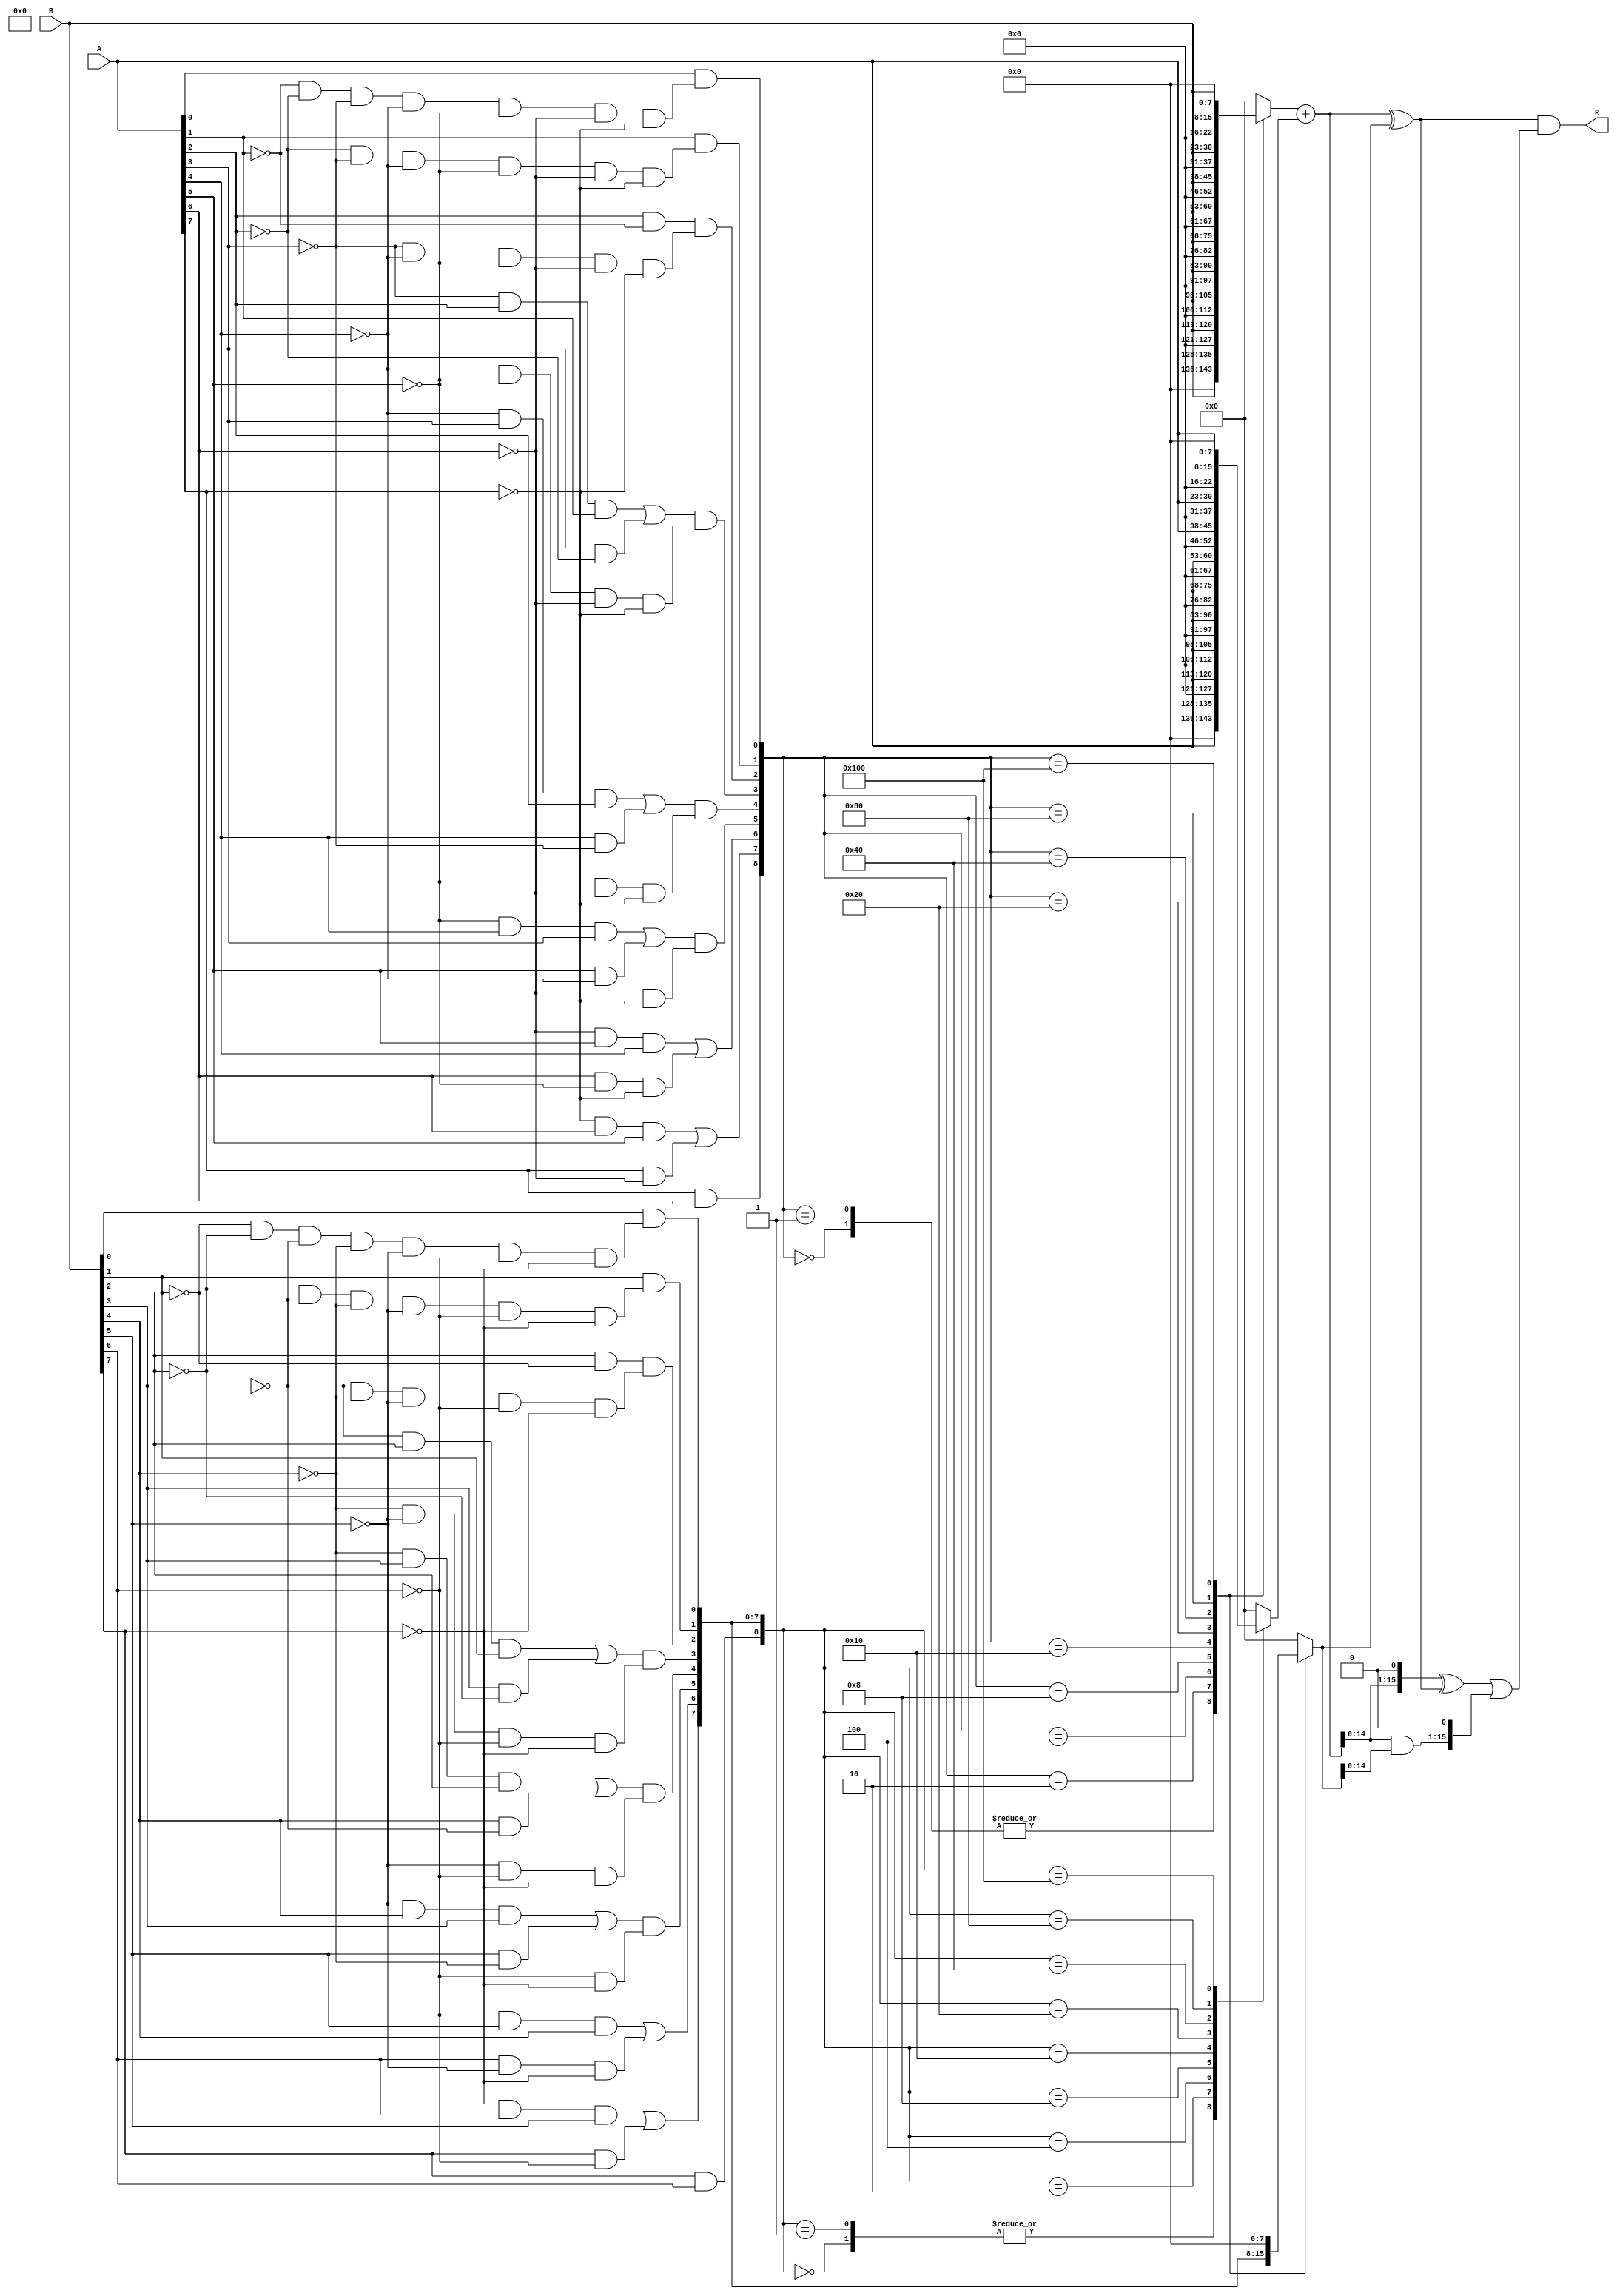
module RoBA(
    input  [7:0] A,
    input  [7:0] B,
    output [15:0] R
);


wire [8:0] Ar;
wire [8:0] Br;
assign Ar[0]=A[0]&((~A[1])&(~A[2])&(~A[3])&(~A[4])&(~A[5])&(~A[6])&(~A[7]));
assign Ar[1]=A[1]&((~A[2])&(~A[3])&(~A[4])&(~A[5])&(~A[6])&(~A[7]));
assign Ar[2]=A[2]&(~A[1])&((~A[3])&(~A[4])&(~A[5])&(~A[6])&(~A[7]));
assign Ar[3]=(((~A[3])&A[2]&A[1])|(A[3]&(~A[2])))&((~A[4])&(~A[5])&(~A[6])&(~A[7]));
assign Ar[4]=(((~A[4])&A[3]&A[2])|(A[4]&(~A[3])))&((~A[5])&(~A[6])&(~A[7]));
assign Ar[5]=(((~A[5])&A[4]&A[3])|(A[5]&(~A[4])))&((~A[6])&(~A[7]));
assign Ar[6]=((~A[6])&A[5]&A[4])|(A[6]&(~A[5])&(~A[7]));
assign Ar[7]=((~A[7])&A[6]&A[5])|(A[7]&(~A[6]));
assign Ar[8]=A[7]&A[6];

assign Br[0]=B[0]&((~B[1])&(~B[2])&(~B[3])&(~B[4])&(~B[5])&(~B[6])&(~B[7]));
assign Br[1]=B[1]&((~B[2])&(~B[3])&(~B[4])&(~B[5])&(~B[6])&(~B[7]));
assign Br[2]=B[2]&(~B[1])&((~B[3])&(~B[4])&(~B[5])&(~B[6])&(~B[7]));
assign Br[3]=(((~B[3])&B[2]&B[1])|(B[3]&(~B[2])))&((~B[4])&(~B[5])&(~B[6])&(~B[7]));
assign Br[4]=(((~B[4])&B[3]&B[2])|(B[4]&(~B[3])))&((~B[5])&(~B[6])&(~B[7]));
assign Br[5]=(((~B[5])&B[4]&B[3])|(B[5]&(~B[4])))&((~B[6])&(~B[7]));
assign Br[6]=((~B[6])&B[5]&B[4])|(B[6]&(~B[5])&(~B[7]));
assign Br[7]=((~B[7])&B[6]&B[5])|(B[7]&(~B[6]));
assign Br[8]=B[7]&B[6];

reg [15:0] ArxB;
reg [15:0] BrxA;
reg [15:0] ArxBr;

always @(*) begin
    case(Ar)
    9 'b000000000: ArxB = B;
    9 'b000000001: ArxB = B;
    9 'b000000010: ArxB = B << 1;
    9 'b000000100: ArxB = B << 2;
    9 'b000001000: ArxB = B << 3;
    9 'b000010000: ArxB = B << 4;
    9 'b000100000: ArxB = B << 5;
    9 'b001000000: ArxB = B << 6;
    9 'b010000000: ArxB = B << 7;
    9 'b100000000: ArxB = B << 8;
    default: ArxB = 0;
    endcase

    case(Br)
    9 'b000000000: BrxA = A;
    9 'b000000001: BrxA = A;
    9 'b000000010: BrxA = A << 1;
    9 'b000000100: BrxA = A << 2;
    9 'b000001000: BrxA = A << 3;
    9 'b000010000: BrxA = A << 4;
    9 'b000100000: BrxA = A << 5;
    9 'b001000000: BrxA = A << 6;
    9 'b010000000: BrxA = A << 7;
    9 'b100000000: BrxA = A << 8;
    default: BrxA = 0;
    endcase

    case (Ar)
    9 'b000000000: ArxBr = Br;
    9 'b000000001: ArxBr = Br;
    9 'b000000010: ArxBr = Br << 1;
    9 'b000000100: ArxBr = Br << 2;
    9 'b000001000: ArxBr = Br << 3;
    9 'b000010000: ArxBr = Br << 4;
    9 'b000100000: ArxBr = Br << 5;
    9 'b001000000: ArxBr = Br << 6;
    9 'b010000000: ArxBr = Br << 7;
    9 'b100000000: ArxBr = Br << 8;
    default: ArxBr = 0;
    endcase

end

wire [15:0] P = ArxB + BrxA;
wire [15:0] Z = ArxBr;


assign R = (P ^ Z) & (((P << 1) ^ (P ^ Z)) | (( P & Z) << 1));

endmodule